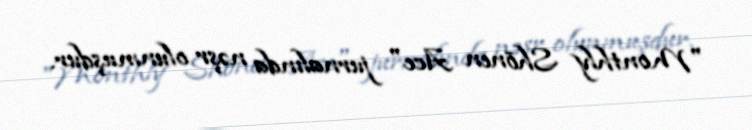
"Monthly Shōnen Ace" jurnalında nəşr olunmuşdur.